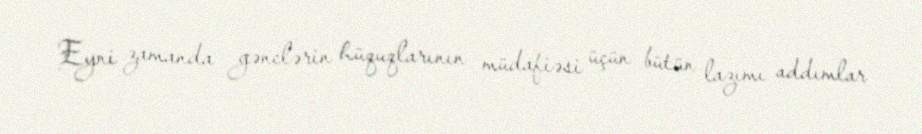
Eyni zamanda gənclərin hüquqlarının müdafiəsi üçün bütün lazımı addımlar